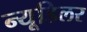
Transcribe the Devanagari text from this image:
न्यूडिलर